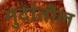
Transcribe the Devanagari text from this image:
गुदांतील